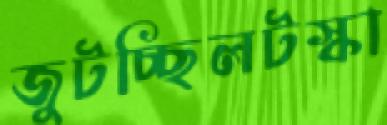
জুটচ্ছিলটস্‌কা